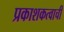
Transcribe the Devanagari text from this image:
प्रकाशकत्वाची